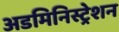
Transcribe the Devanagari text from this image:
अडमिनिस्ट्रेशन